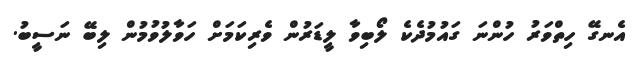
އެނގޭ ހިތްވަރު ހުންނަ ގައުމުދެކެ ލޯބިވާ ލީޑަރުން ވެރިކަމަށް ހަވާލުވުމުން ލިބޭ ނަސީބު.